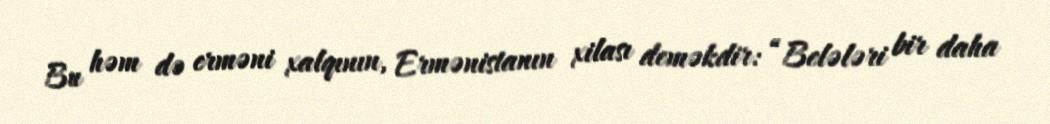
Bu həm də erməni xalqının, Ermənistanın xilası deməkdir: “Belələri bir daha